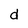
Character: d